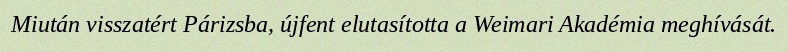
Miután visszatért Párizsba, újfent elutasította a Weimari Akadémia meghívását.